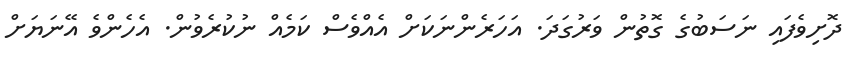
ދޮށިވެފައި ނަސަބުގެ ގޮތުން ވަރުގަދަ. އަހަރެންނަކަށް އެއްވެސް ކަމެއް ނުކުރެވުން. އެހެންވެ އޭނަޔަށް